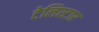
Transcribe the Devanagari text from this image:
टेलिस्टार